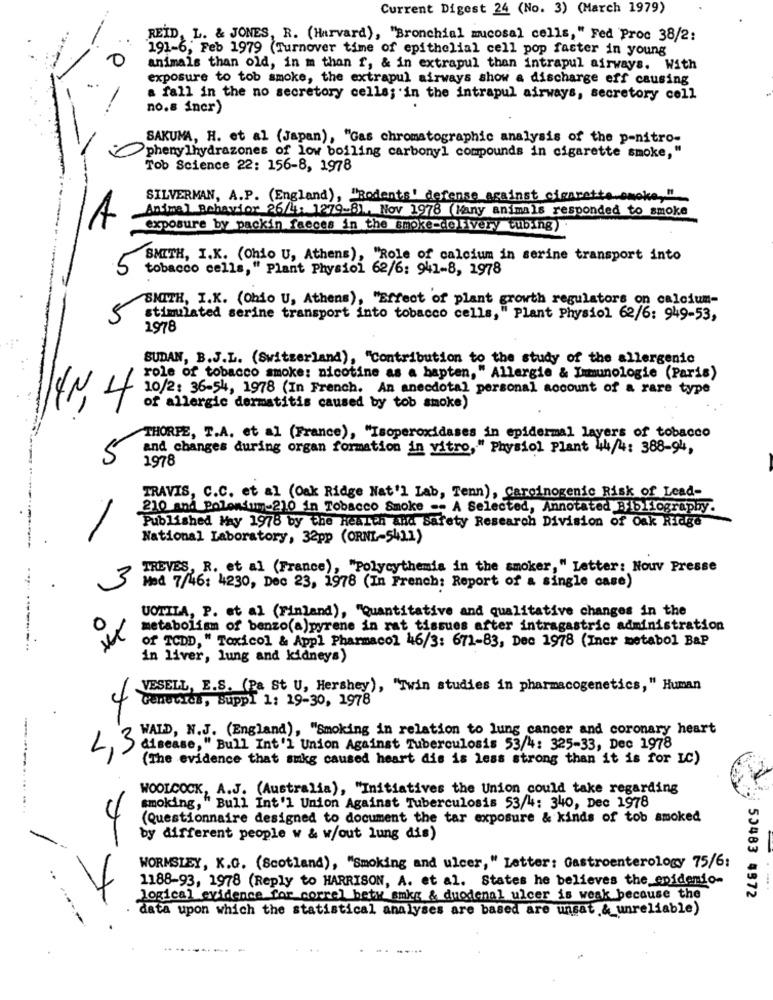
Current Digest 24 (No. 3) (March 1979)
REID, L. & JONES, R. (Harvard), "Bronchial mucosal cells," Fed Proc 38/2:
191-6, Feb 1979 (Turnover time of epithelial cell pop faster in young
animals than old, in m than f, & in extrapul than intrapul airways. With
exposure to tob smoke, the extrapul airways show a discharge eff causing
a fall in the no secretory cells; in the intrapul airways, secretory cell
no.s incr)
SAKUMA, H. et al (Japan), "Gas chromatographic analysis of the p-nitro-
phenylhydrazones of low boiling carbonyl compounds in cigarette smoke,"
Tob Science 22: 156-8, 1978
SILVERMAN, A.P. (England), "Rodents' defense against cigarette.smoke ,!!
Animal Behavior 26/1. 1279-81. Nov 1978 (Many animals responded to smoke
exposure by packin faeces in the smoke-delivery tubing
SMITH, I.K. (Ohio U, Athens), "Role of calcium in serine transport into
tobacco cells, " Plant Physiol 62/6: 941-8, 1978
SMITH, I.K. (Ohio U, Athens), "Effect of plant growth regulators on calcium-
stimulated serine transport into tobacco cells," Plant Physiol 62/6: 949-53,
1978
SUDAN, B.J.L. (Switzerland), "Contribution to the study of the allergenic
role of tobacco smoke: nicotine as a bapten," Allergie & Immunologie (Paris)
10/2: 36-54, 1978 (In French. An anecdotal personal account of a rare type
141,4
of allergic dermatitis caused by tob smoke)
THORPE, T.A. et al (France), "Isoperoxidases in epidermal layers of tobacco
and changes during organ formation in vitro, " Physiol Plant 44/4: 388-94,
1978
TRAVIS, C.C. et al (Oak Ridge Nat'l Lab, Tenn), Carcinogenic Risk of Lead-
210 and Polonium-210 in Tobacco Smoke -- A Selected, Annotated Bibliography.
Published May 1978 by the Health and safety Research Division of Oak Ridge
National Laboratory, 32pp (ORNL-5411)
TREVES, R. et al (France), "Polycythemia in the smoker," Letter: Nouv Presse
Med 7/46: 4230, Dec 23, 1978 (In French: Report of a single case)
UOTILA, P. et al (Finland), "Quantitative and qualitative changes in the
0
metabolism of benzo(a)pyrene in rat tissues after intragastric administration
of TCDD, " Toxicol & Appl Pharmacol 46/3: 671-83, Dec 1978 (Iner metabol BaP
in liver, lung and kidneys)
VESELL, E.S. (Pa St U, Hershey), "Twin studies in pharmacogenetics," Human
Genetics, suppl 1: 19-30, 1978
WALD, N.J. (England), "Smoking in relation to lung cancer and coronary heart
L,3
disease," Bull Int 'l Union Against Tuberculosis 53/4: 325-33, Dec 1978
(The evidence that sukg caused heart dis is less strong than it is for LC)
WOOLCOCK, A.J. (Australia), "Initiatives the Union could take regarding
smoking, " Bull Int'l Union Against Tuberculosis 53/4: 340, Dec 1978
(Questionnaire designed to document the tar exposure & kinds of tob smoked
by different people w & w/out lung dis)
WORMSLEY, K.G. (Scotland), "Smoking and ulcer," Letter: Gastroenterology 75/6:
1188-93, 1978 (Reply to HARRISON, A. et al. States he believes the epidemio-
logical evidence for correl bety amkg & duodenal ulcer is weak because the
50483 4572
data upon which the statistical analyses are based are unsat & unreliable)